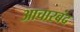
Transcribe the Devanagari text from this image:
आचारबंद